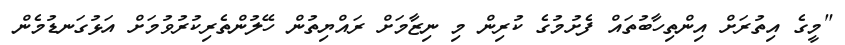
"މީގެ އިތުރަށް އިންތިހާބުތައް ފެށުމުގެ ކުރިން މި ނިޒާމަށް ރައްޔިތުން ހޭލުންތެރިކުރުވުމަށް އަޅުގަނޑުމެން